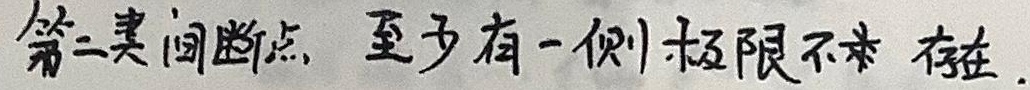
第二类间断点：至少有一侧极限不存在.